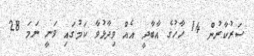
ސަރުކާރުން 14 ހާހުގެ އާބާދީ އެއް ވިދާޅުވާ ކަމުގައި ވަނީ ނަމަ 28